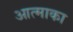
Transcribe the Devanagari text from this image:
आत्माका